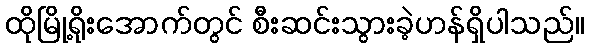
ထိုမြို့ရိုးအောက်တွင် စီးဆင်းသွားခဲ့ဟန်ရှိပါသည်။